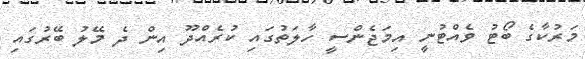
މަރުކާގެ ބޯޓު ވެއްޓުނީ އިމަޖެންސީ ހާލަތުގައި ކުރެއްދޫ އިން ދެ މޭލު ބޭރުގައި